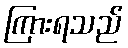
ကြားရသည်